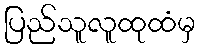
ပြည်သူလူထုထံမှ